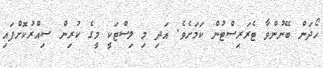
ހޯދަން ބޭނުންވާ ޓެރަރިސްޓުން ކަމަށެވެ. އަދި މި ލިސްޓަކީ މީގެ ކުރިން ސިއްރުކޮށްފައި